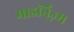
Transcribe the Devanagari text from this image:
माडर्निज़्म